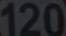
120